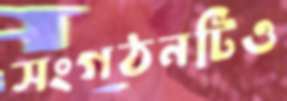
সংগঠনটিও